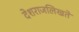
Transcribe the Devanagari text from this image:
देशराजलिखते